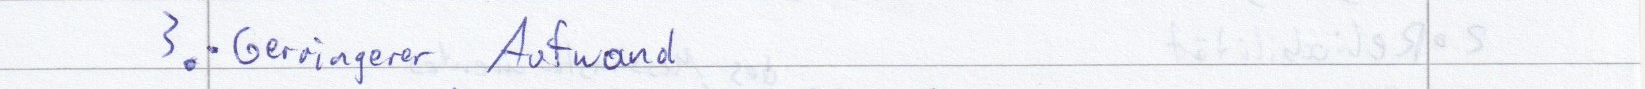
3. Geringerer Aufwand